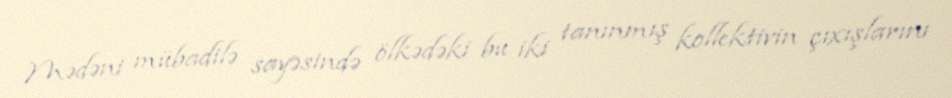
Mədəni mübadilə sayəsində ölkədəki bu iki tanınmış kollektivin çıxışlarını